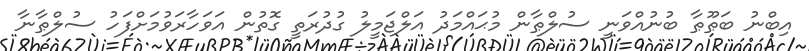
އިބްނު ބަޠޫޠާ ބުނުއްވަނީ ސުލްޠާން މުޙައްމަދު އަލްޖަމީލު ގުދުރަތީ ގޮތުން އަވަހާރަވުމަށްފަހު ސުލްޠާނާ